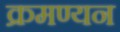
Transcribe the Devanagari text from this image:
क्रमण्यन